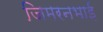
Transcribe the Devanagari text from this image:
जिमरनभाई